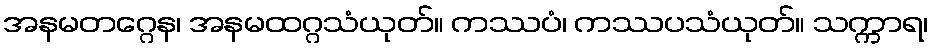
အနမတဂ္ဂေန၊ အနမထဂ္ဂသံယုတ်။ ကဿပံ၊ ကဿပသံယုတ်။ သက္ကာရ၊